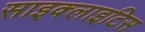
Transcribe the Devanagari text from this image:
साइक्लाइटिस